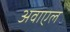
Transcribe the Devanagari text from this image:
अवाएल